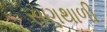
સણથાળી